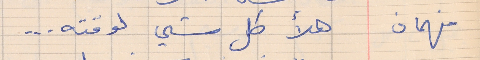
فهمان     هلأ كل شي لوقته . . .